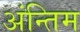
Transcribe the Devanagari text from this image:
अंन्‍तिम